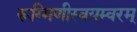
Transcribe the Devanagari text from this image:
रूग्मिणीस्वयम्वरम्